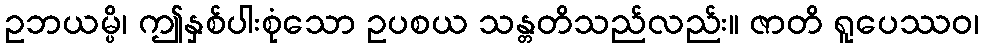
ဥဘယမ္ပိ၊ ဤနှစ်ပါးစုံသော ဥပစယ သန္တတိသည်လည်း။ ဇာတိ ရူပေဿဝ၊